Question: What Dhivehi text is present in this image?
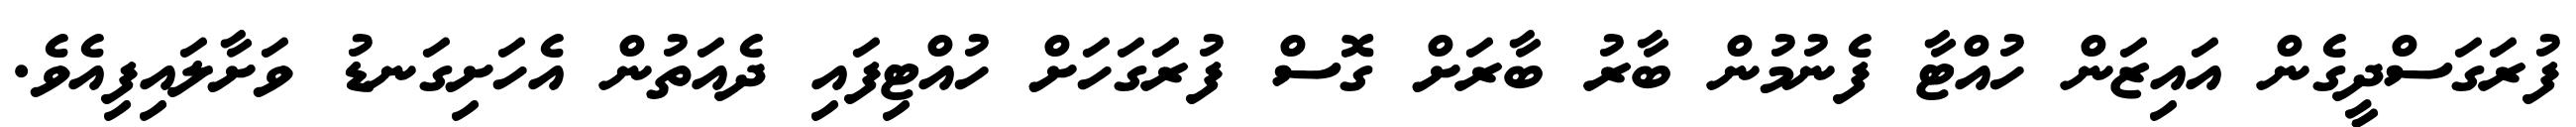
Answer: ފުރަގަސްދީގެން އައިޒަން ހުއްޓާ ފެނުމުން ބާރު ބާރަށް ގޮސް ފުރަގަހަށް ހުއްޓިފައި ދެއަތުން އެހަށިގަނޑު ވަށާލައިފިއެވެ.